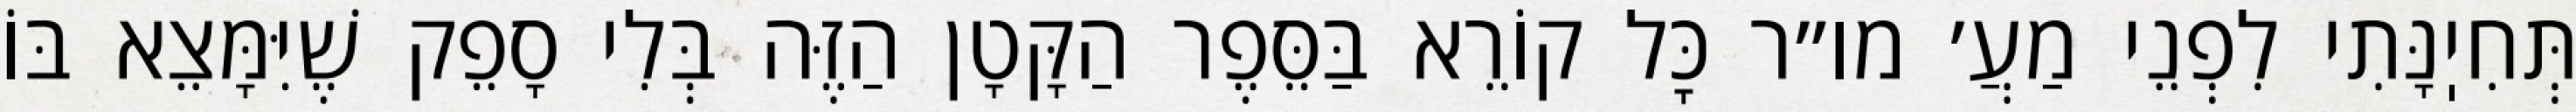
תְּחִיֽנָּתִי לִפְנֵי מַעֲ׳ מו״ר כׇּל קוֹרֵא בַּסֵּפֶר הַקָּטָן הַזֶּה בְּלִי סָפֵק שֶׁיִּמָּצֵא בּוֹ